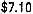
$7.10